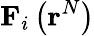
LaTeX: \mathbf{F}_{i}\left(\mathbf{r}^{N}\right)